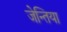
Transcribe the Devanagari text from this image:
जेन्तिया